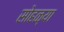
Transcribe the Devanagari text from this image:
सोहळ्या